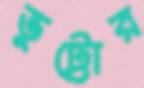
ভুট্টোর